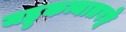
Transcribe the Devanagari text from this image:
जह्नुकन्यातरङ्गे